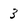
Character: 3